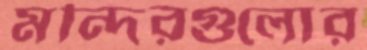
মন্দিরগুলোর